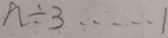
n \div 3 \cdots 1